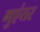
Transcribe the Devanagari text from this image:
गुएंतर